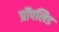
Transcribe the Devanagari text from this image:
प्रॉपलिड